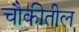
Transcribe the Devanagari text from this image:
चौकीतील